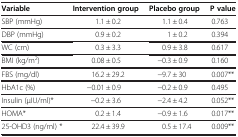
| Variable | Intervention group | Placebo group | P value |
 | --- | --- | --- | --- |
 | SBP (mmHg) | 1.1 ± 0.2 | 1.1 ± 0.4 | 0.763 |
 | DBP (mmHg) | 0.9 ± 0.2 | 1 ± 0.2 | 0.394 |
 | WC (cm) | 0.3 ± 3.3 | 0.9 ± 3.8 | 0.617 |
 | BMI (kg/m2) | 0.08 ± 0.5 | −0.3 ± 0.9 | 0.160 |
 | FBS (mg/dl) | 16.2 ± 29.2 | −9.7 ± 30 | 0.007** |
 | HbA1c (%) | −0.01 ± 0.9 | −0.2 ± 0.9 | 0.495 |
 | Insulin (μIU/ml)* | −0.2 ± 3.6 | −2.4 ± 4.2 | 0.052** |
 | HOMA* | 0.2 ± 1.4 | −0.9 ± 1.6 | 0.017** |
 | 25-OHD3 (ng/ml) * | 22.4 ± 39.9 | 0.5 ± 17.4 | 0.009** |